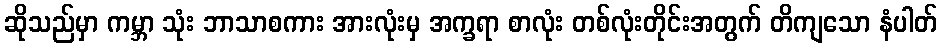
ဆိုသည်မှာ ကမ္ဘာ သုံး ဘာသာစကား အားလုံးမှ အက္ခရာ စာလုံး တစ်လုံးတိုင်းအတွက် တိကျသော နံပါတ်